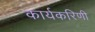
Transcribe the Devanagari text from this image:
कार्यकरिणी